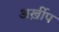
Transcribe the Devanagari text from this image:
अर्ख़ीप